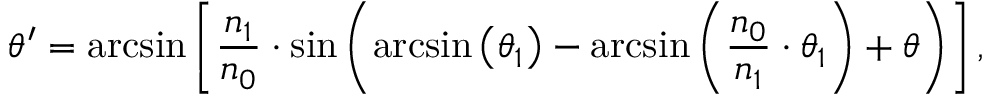
\theta ^ { \prime } = \arcsin \left[ \frac { n _ { 1 } } { n _ { 0 } } \cdot \sin \left( \arcsin \left( \theta _ { 1 } \right) - \arcsin \left( \frac { n _ { 0 } } { n _ { 1 } } \cdot \theta _ { 1 } \right) + \theta \right) \right] ,